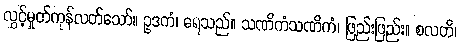
လွှင့်မှုတ်ကုန်လတ်သော်။ ဥဒကံ၊ ရေသည်။ သဏိကံသဏိကံ၊ ဖြည်းဖြည်း။ စလတိ၊